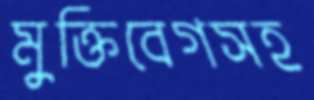
মুক্তিবেগসহ